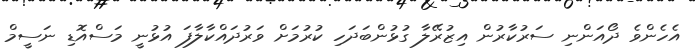
އެހެންވެ ދޯއަންނި ސަރުކާރުން އިޒުރޭލާ ގުޅުންބަދަހި ކުރުމަށް ވަރުދައްކާލާފަ އުޅުނީ މަސްއޮޑި ނަސީމް